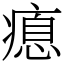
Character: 瘜